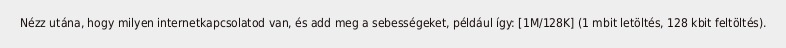
Nézz utána, hogy milyen internetkapcsolatod van, és add meg a sebességeket, például így: [1M/128K] (1 mbit letöltés, 128 kbit feltöltés).